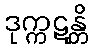
ဒုက္ကဋန္တိ